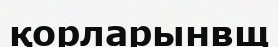
қорларынвщ